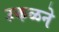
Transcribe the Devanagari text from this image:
उकळने